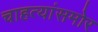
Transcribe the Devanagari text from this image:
चाहत्यांसमोर